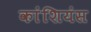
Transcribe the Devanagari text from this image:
कांशियंस